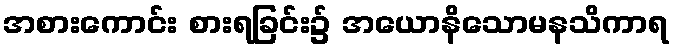
အစားကောင်း စားရခြင်း၌ အယောနိသောမနသိကာရ